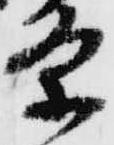
条